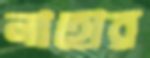
লাহোর